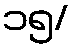
၁၅/